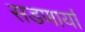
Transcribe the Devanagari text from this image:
सडणार्या